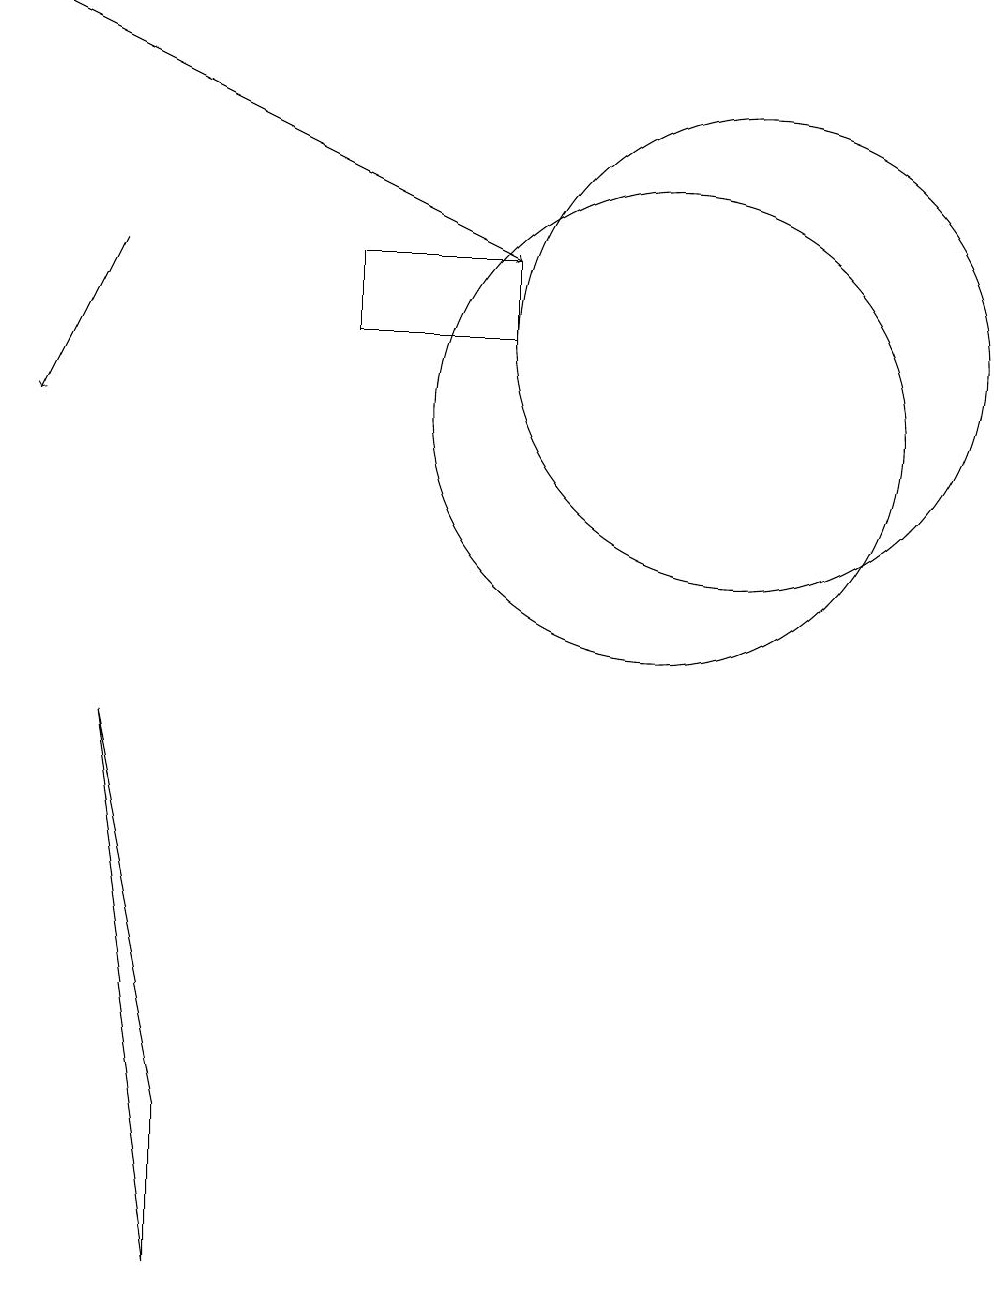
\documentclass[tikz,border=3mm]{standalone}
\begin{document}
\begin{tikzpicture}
\draw[->] (4,13) -- (3,11);
\draw (9,12) rectangle (7,13);
\draw[->] (3,16) -- (9,13);
\draw (12,12) circle (3);
\draw (5,0) -- (4,7) -- (5,2) -- cycle;
\draw (11,11) circle (3);
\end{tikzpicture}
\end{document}